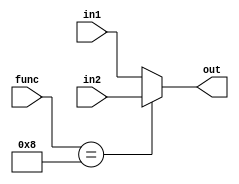
module rad1_mux_pc(in1,in2,func,out);

input [0:31] in1;
input [0:31] in2;
input [0:5] func;
output reg [0:31] out;

always@(*)
    if(func == 6'b001000)
		out = in2;
	else
		out = in1;

endmodule